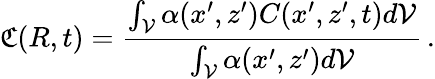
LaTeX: \mathfrak{C}(R,t)=\frac{\int_{\mathcal{V}}\alpha(x^{\prime},z^{\prime})C(x^{\prime},z^{\prime},t)d\mathcal{V}}{\int_{\mathcal{V}}\alpha(x^{\prime},z^{\prime})d\mathcal{V}}\, .